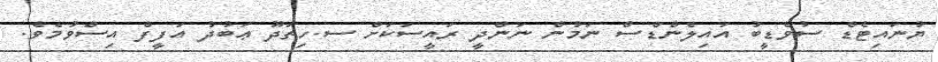
ޔުނައިޓެޑް ސުވެޑީބު އައިލެންޑްސް ނަމުން ނަންދީ ރައީސަކަށް ސ.ހިތަދޫ ޢަބުދު އަފީފް އިސްވުމެވެ.